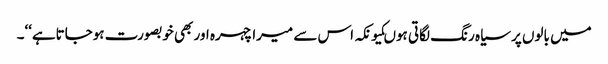
میں بالوں پر سیاہ رنگ لگاتی ہوںکیونکہ اس سے میرا چہرہ اور بھی خوبصورت ہوجاتاہے‘‘۔